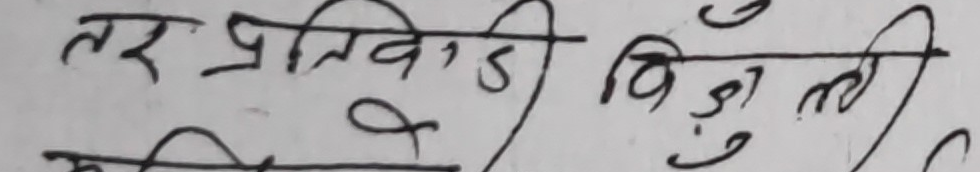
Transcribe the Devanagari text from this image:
तर प्रतिवादी विद्युत्‌